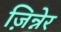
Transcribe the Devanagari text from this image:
ज़िन्नेर